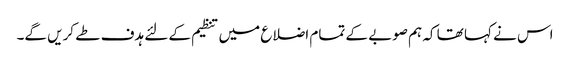
اس نے کہا تھا کہ ہم صوبے کے تمام اضلاع میں تنظیم کے لئے ہدف طے کریں گے۔